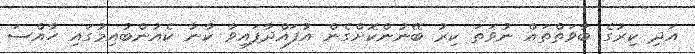
އަދި ކިރުގެ ބާވަތްތައް ނުވަތަ ކިރު ބޭނުންކޮށްގެން އުފައްދާފައިވާ ކާނާ ކެއުންބުއިމުގައި ހާއްސަ